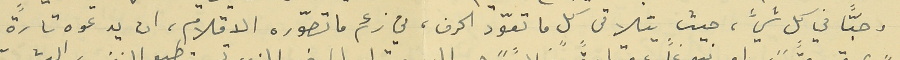
وحبّاً في كل شيء، حيث يتلاقى كل ما تعوّد الحرف، في زعم ما تصوّره الاقلام، ان يدعوه تارةً